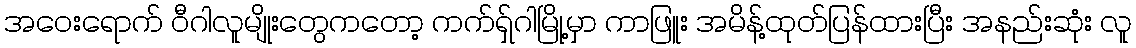
အဝေးရောက် ဝီဂါလူမျိုးတွေကတော့ ကက်ရှ်ဂါမြို့မှာ ကာဖြူး အမိန့်ထုတ်ပြန်ထားပြီး အနည်းဆုံး လူ